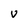
Character: V